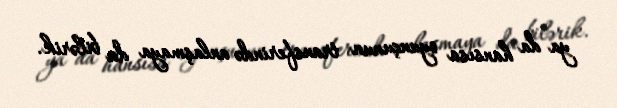
ya da hansısa oyunçunun transferində anlaşmaya da bilərik.